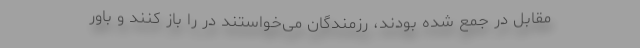
مقابل در جمع شده بودند، رزمندگان می‌خواستند در را باز کنند و باور